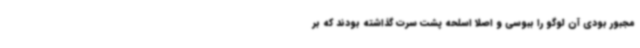
مجبور بودی آن لوگو را ببوسی و اصلا اسلحه پشت سرت گذاشته بودند که بر